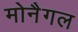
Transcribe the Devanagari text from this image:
मोनैगल